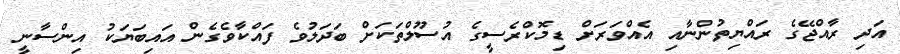
އަދި ރާއްޖޭގެ ރައްޔިތުންނާއި އެއްވަރަށް ޑިމޮކްރެސީގެ އުސޫލްތަކަށް ބަދަލުވެ ފައްކާވެގެން އައިބަޔަކު އިންސާނީ